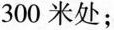
300米处；